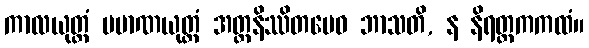
ကာလယုတ္တံ ပမာဏယုတ္တံ အတ္ထနိဿိတမေဝ ဘာသတိ, န နိရတ္ထကကထံ။